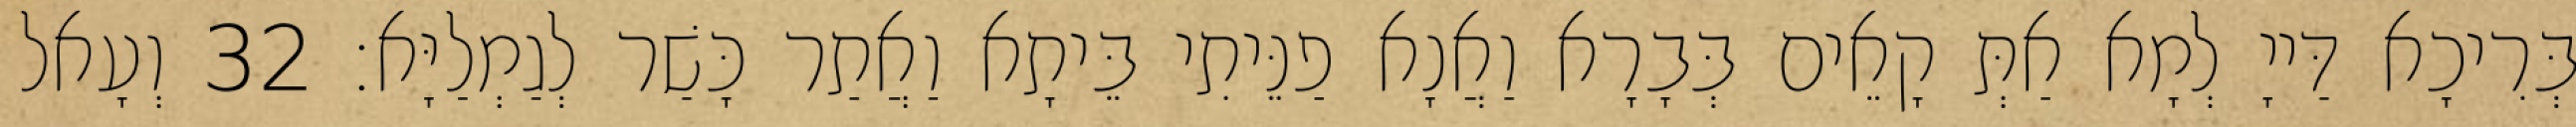
בְּרִיכָא דַּייָ לְמָא אַתְּ קָאֵים בְּבָרָא וַאֲנָא פַנֵּיתִי בֵּיתָא וַאֲתַר כָּשַׁר לְגַמְלַיָּא׃ 32 וְעָאל